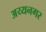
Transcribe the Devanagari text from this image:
अय्यनगर